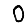
Digit: 0